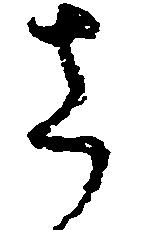
さ